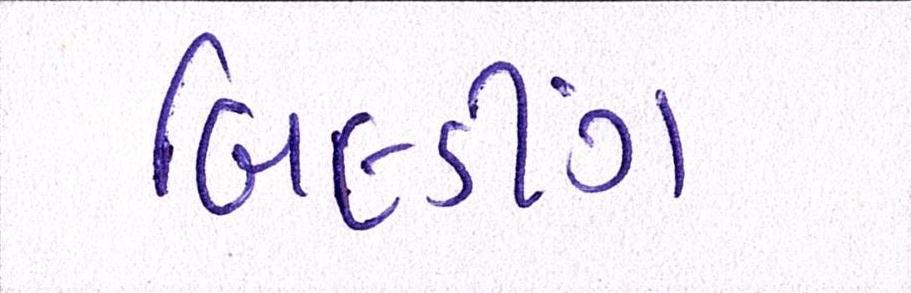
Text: બિલ્ડીંગ